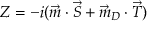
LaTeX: Z = - i ( \vec { m } \cdot \vec { S } + \vec { m } _ { D } \cdot \vec { T } )